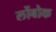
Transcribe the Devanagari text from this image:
लोंबोक